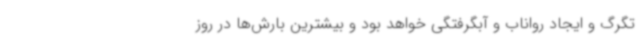
تگرگ و ایجاد رواناب و آبگرفتگی خواهد بود و بیشترین بارش‌ها در روز